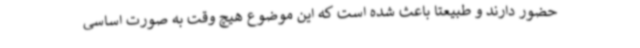
حضور دارند و طبیعتاً باعث شده است که این موضوع هیچ وقت به صورت اساسی